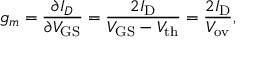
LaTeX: g _ { m } = { \frac { \partial I _ { D } } { \partial V _ { \mathrm { G S } } } } = { \frac { 2 I _ { \mathrm { D } } } { V _ { \mathrm { G S } } - V _ { \mathrm { t h } } } } = { \frac { 2 I _ { \mathrm { D } } } { V _ { \mathrm { o v } } } } ,